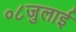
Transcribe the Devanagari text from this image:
०८जुलाई